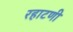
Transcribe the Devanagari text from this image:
रहाटणी